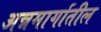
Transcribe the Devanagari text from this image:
अन्नमार्गातील